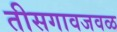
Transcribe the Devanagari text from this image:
तीसगावजवळ